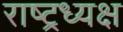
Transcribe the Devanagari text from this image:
राष्ट्रध्यक्ष